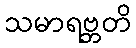
သမာရဗ္ဘတိ